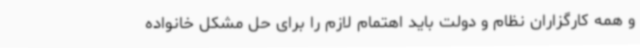
و همه کارگزاران نظام و دولت باید اهتمام لازم را برای حل مشکل خانواده